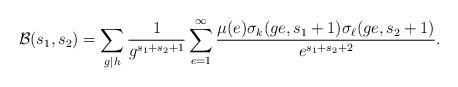
LaTeX: \begin{align*} \mathcal{B}(s_1,s_2) = \sum_{g \mid h} \frac{1}{g^{s_1+s_2+1}} \sum_{e=1}^{\infty} \frac{\mu(e) \sigma_{k}(ge,s_1+1) \sigma_{\ell}(ge,s_2+1)}{e^{s_1+s_2+2}}. \end{align*}